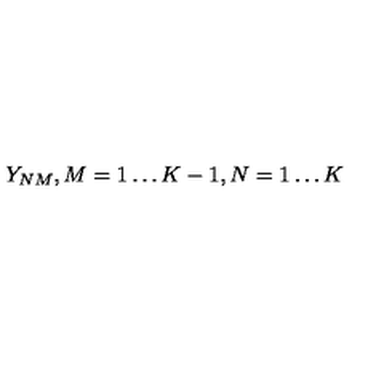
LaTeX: Y _ { N M } , M = 1 \ldots K - 1 , N = 1 \ldots K